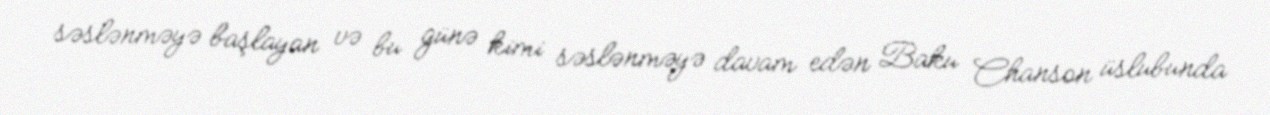
səslənməyə başlayan və bu günə kimi səslənməyə davam edən Baku Chanson üslubunda